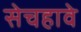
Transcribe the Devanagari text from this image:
सेचहावे